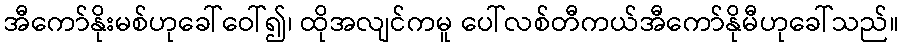
အီကော်နိုးမစ်ဟုခေါ်ဝေါ်၍၊ ထိုအလျင်ကမူ ပေါ်လစ်တီကယ်အီကော်နိုမီဟုခေါ်သည်။